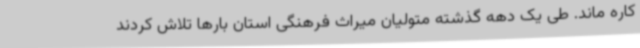
کاره ماند. طی یک دهه گذشته متولیان میراث فرهنگی استان بارها تلاش کردند